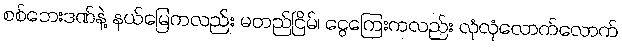
စစ်ဘေးဒဏ်နဲ့ နယ်မြေကလည်း မတည်ငြိမ်၊ ငွေကြေးကလည်း လုံလုံလောက်လောက်